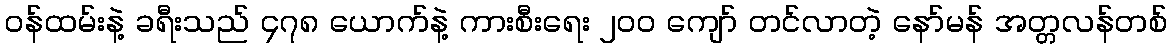
၀န်ထမ်းနဲ့ ခရီးသည် ၄၇၈ ယောက်နဲ့ ကားစီးရေး ၂၀၀ ကျော် တင်လာတဲ့ နော်မန် အတ္တလန်တစ်